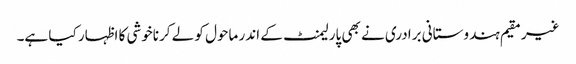
غیر مقیم ہندوستانی برادری نے بھی پارلیمنٹ کے اندر ماحول کو لے کرناخوشی کا اظہار کیا ہے۔